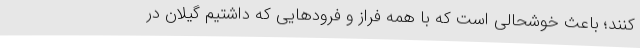
کنند؛ باعث خوشحالی است که با همه فراز و فرودهایی که داشتیم گیلان در